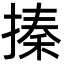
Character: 搸